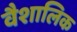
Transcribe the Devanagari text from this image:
वैशालिक